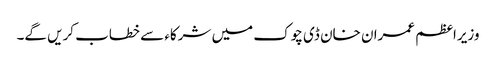
وزیراعظم عمران خان ڈی چوک میں شرکاء سے خطاب کریں گے۔